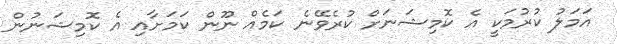
އަމަލު ކުރުމަކީ އެ ކޮމިޝަނަށް ކުރެވޭނެ ކަމެއް ނޫން ކަމަށާއި އެ ކޮމިޝަނުން